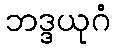
ဘဒ္ဒယုဂံ